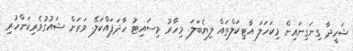
ޝަހީދާ ގިނަގިނައިން މިކަަަހަލަ އާޓިކަލްތައް ލިޔެބަލަ. މިހާރު މިސައިޓު ހާދަފައްކަލޭ. ވަރަށް ޝައުގުވެރިކަންހުރި